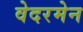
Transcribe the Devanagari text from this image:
वेदरमेन